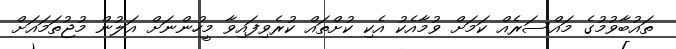
ތައުބާވުމުގެ މައްސަރެއް ކަމަށް ވުމާއެކު އެކި ކުށްތައް ކުރެވިފައިވާ މީހުންނަށް އަލުން މުޖުތަމައަށް